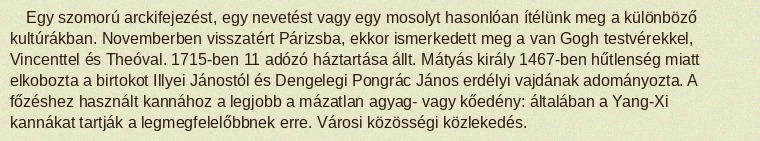
Egy szomorú arckifejezést, egy nevetést vagy egy mosolyt hasonlóan ítélünk meg a különböző kultúrákban. Novemberben visszatért Párizsba, ekkor ismerkedett meg a van Gogh testvérekkel, Vincenttel és Theóval. 1715-ben 11 adózó háztartása állt. Mátyás király 1467-ben hűtlenség miatt elkobozta a birtokot Illyei Jánostól és Dengelegi Pongrác János erdélyi vajdának adományozta. A főzéshez használt kannához a legjobb a mázatlan agyag- vagy kőedény: általában a Yang-Xi kannákat tartják a legmegfelelőbbnek erre. Városi közösségi közlekedés.